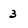
Character: 3